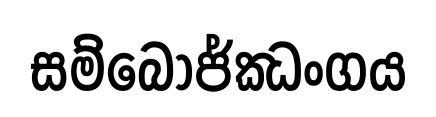
සම්බොජ්ඣංගය